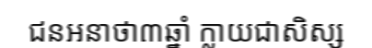
ជនអនាថា៣ឆ្នាំ ក្លាយជាសិស្ស